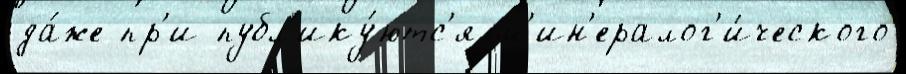
да́же пр'и публ'ику́ютс'я м'ин'ералог'и́ческого